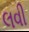
લવી